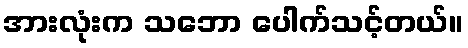
အားလုံးက သဘော ပေါက်သင့်တယ်။